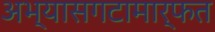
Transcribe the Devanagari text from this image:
अभ्यासगटामार्फत